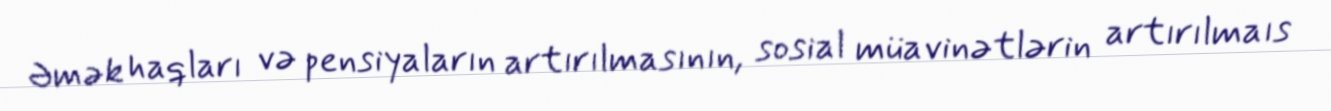
Əmək haqları və pensiyaların artırılmasının, sosial müavinətlərin artırılmaıs